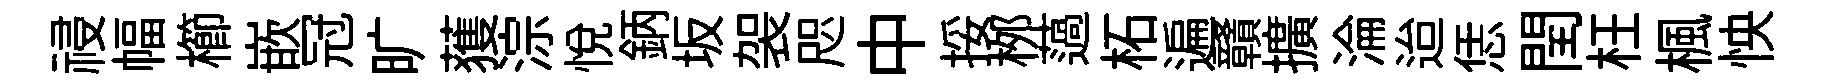
祲幅櫛嵌冠旷𫉬淙悦鈵坂袈咫中挼桞薖柘遍贛擴淪迨恁閏枉楓怏